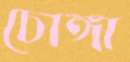
চোঙ্গা